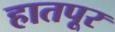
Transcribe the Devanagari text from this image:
हातपूर